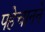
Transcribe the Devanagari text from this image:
पहेचानने